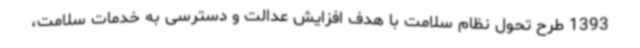
1393 طرح تحول نظام سلامت با هدف افزایش عدالت و دسترسی به خدمات سلامت،